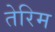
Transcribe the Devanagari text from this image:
तेरिम